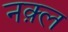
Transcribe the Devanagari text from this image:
नक़्ल